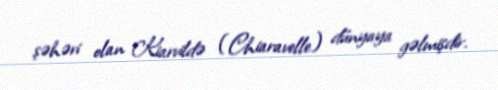
şəhəri olan Kiarvildə (Chiaravelle) dünyaya gəlmişdir.